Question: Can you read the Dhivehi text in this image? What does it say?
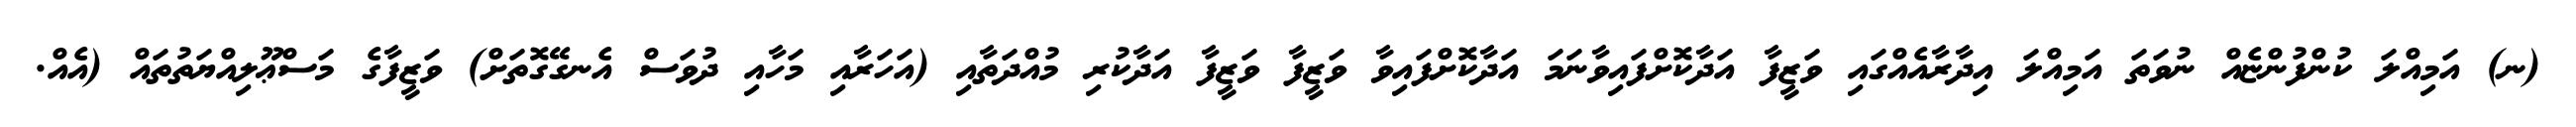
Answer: (ނ) އަމިއްލަ ކުންފުންޏެއް ނުވަތަ އަމިއްލަ އިދާރާއެއްގައި ވަޒީފާ އަދާކޮށްފައިވާނަމަ އަދާކޮށްފައިވާ ވަޒީފާ ވަޒީފާ އަދާކުރި މުއްދަތާއި (އަހަރާއި މަހާއި ދުވަސް އެނގޭގޮތަށް) ވަޒީފާގެ މަސްޢޫލިއްޔަތުތައް (އެއް.